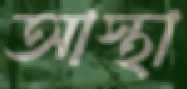
আস্থা